Leaving Certificate Examination (including Day School Certificate (Higher) General paper), 1927
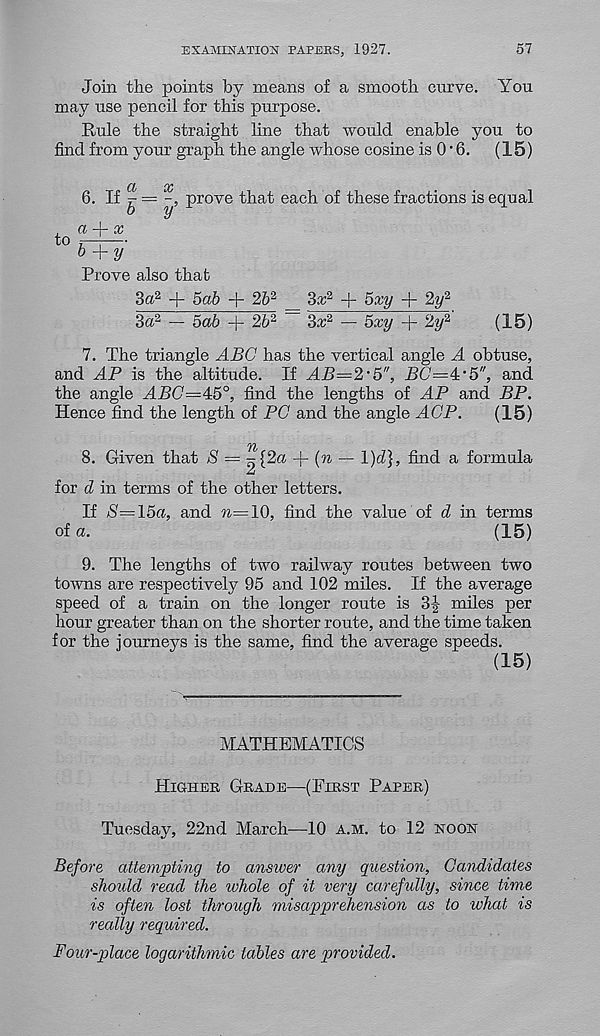
EXAMINATION PAPERS, 1927.
57
Join the points by means of a smooth curve. You
may use pencil for this purpose.
Rule the straight line that would enable you to
find from your graph the angle whose cosine is 0'6.
(15)
a
to
6. If
a-\- x
b + y
Prove also that
, prove that each of these fractions is equal
3u 2 + 5ab + 26 2 _ 3ir 2 + 5xy + 2y 2
3a 2 — 5ab -j- 2b 2
3x 2 — 5xy + 2y 2
(15)
7. The triangle ABC has the vertical angle A obtuse,
and AP is the altitude. If AB=2'5", BC=4:’5", and
the angle ABC=4:5 0 , find the lengths of AP and BP.
Hence find the length of PC and the angle AGP.
(15)
Ti
8. Given that $ = ^{2a + (n — \)d}, find a formula
for (1 in terms of the other letters.
If S=l5a, and m=10, find the value of d in terms
of a.
(15)
9. The lengths of two railway routes between two
towns are respectively 95 and 102 miles. If the average
speed of a train on the longer route is 3J miles per
hour greater than on the shorter route, and the time taken
for the journeys is the same, find the average speeds.
(15)
MATHEMATICS
Higher Grade—(First Paper)
Tuesday, 22nd March—10 a.m. to 12 noon
Before attempting to answer any question, Candidates
should read the whole of it very carefully, since time
is often lost through misapprehension as to what is
really required.
Four-p>lace logarithmic tables are provided.